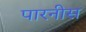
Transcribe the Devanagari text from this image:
पारनीस